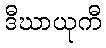
ဒီဃာယုကီ